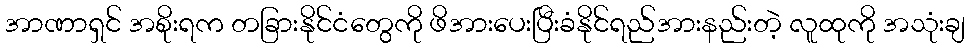
အာဏာရှင် အစိုးရက တခြားနိုင်ငံတွေကို ဖိအားပေးပြီးခံနိုင်ရည်အားနည်းတဲ့ လူထုကို အသုံးချ